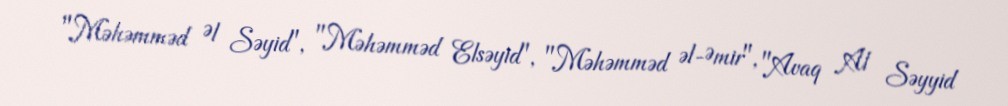
"Məhəmməd Əl Səyid", "Məhəmməd Elsəyid", "Məhəmməd əl-Əmir", "Avaq Al Səyyid